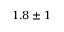
1 . 8 \pm 1